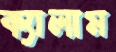
ক্যালাম